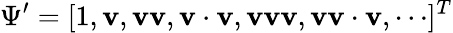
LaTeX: \Psi^{\prime}=[1,\mathbf{v},\mathbf{vv},\mathbf{v\cdot v},\mathbf{vvv},\mathbf{vv\cdot v},\cdots]^{T}